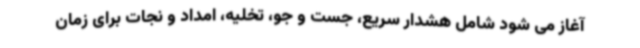
آغاز می شود شامل هشدار سریع، جست و جو، تخلیه، امداد و نجات برای زمان